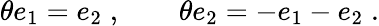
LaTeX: \theta e_{1}=e_{2}\; ,\qquad\theta e_{2}=-e_{1}-e_{2}\; .